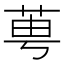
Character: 𦰝